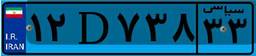
۱۲D۷۳۸۳۳